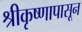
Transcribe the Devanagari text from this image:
श्रीकृष्णापासून